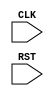
module TOP(CLK, RST);
  input CLK, RST;
  parameter AAA = 1;
  supply0 VSS;
  supply1 VDD;
endmodule